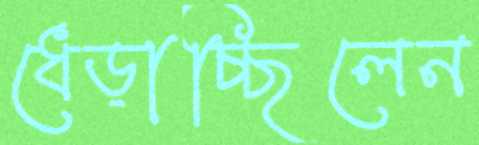
ধেড়াচ্ছিলেন